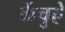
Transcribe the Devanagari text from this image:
केंचुऐ